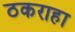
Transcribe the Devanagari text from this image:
ठकराहा